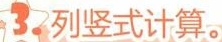
3.列竖式计算。